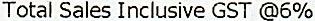
TOTAL SALES INCLUSIVE GST @6%